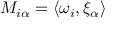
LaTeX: M _ { i \alpha } = \langle \omega _ { i } , \xi _ { \alpha } \rangle